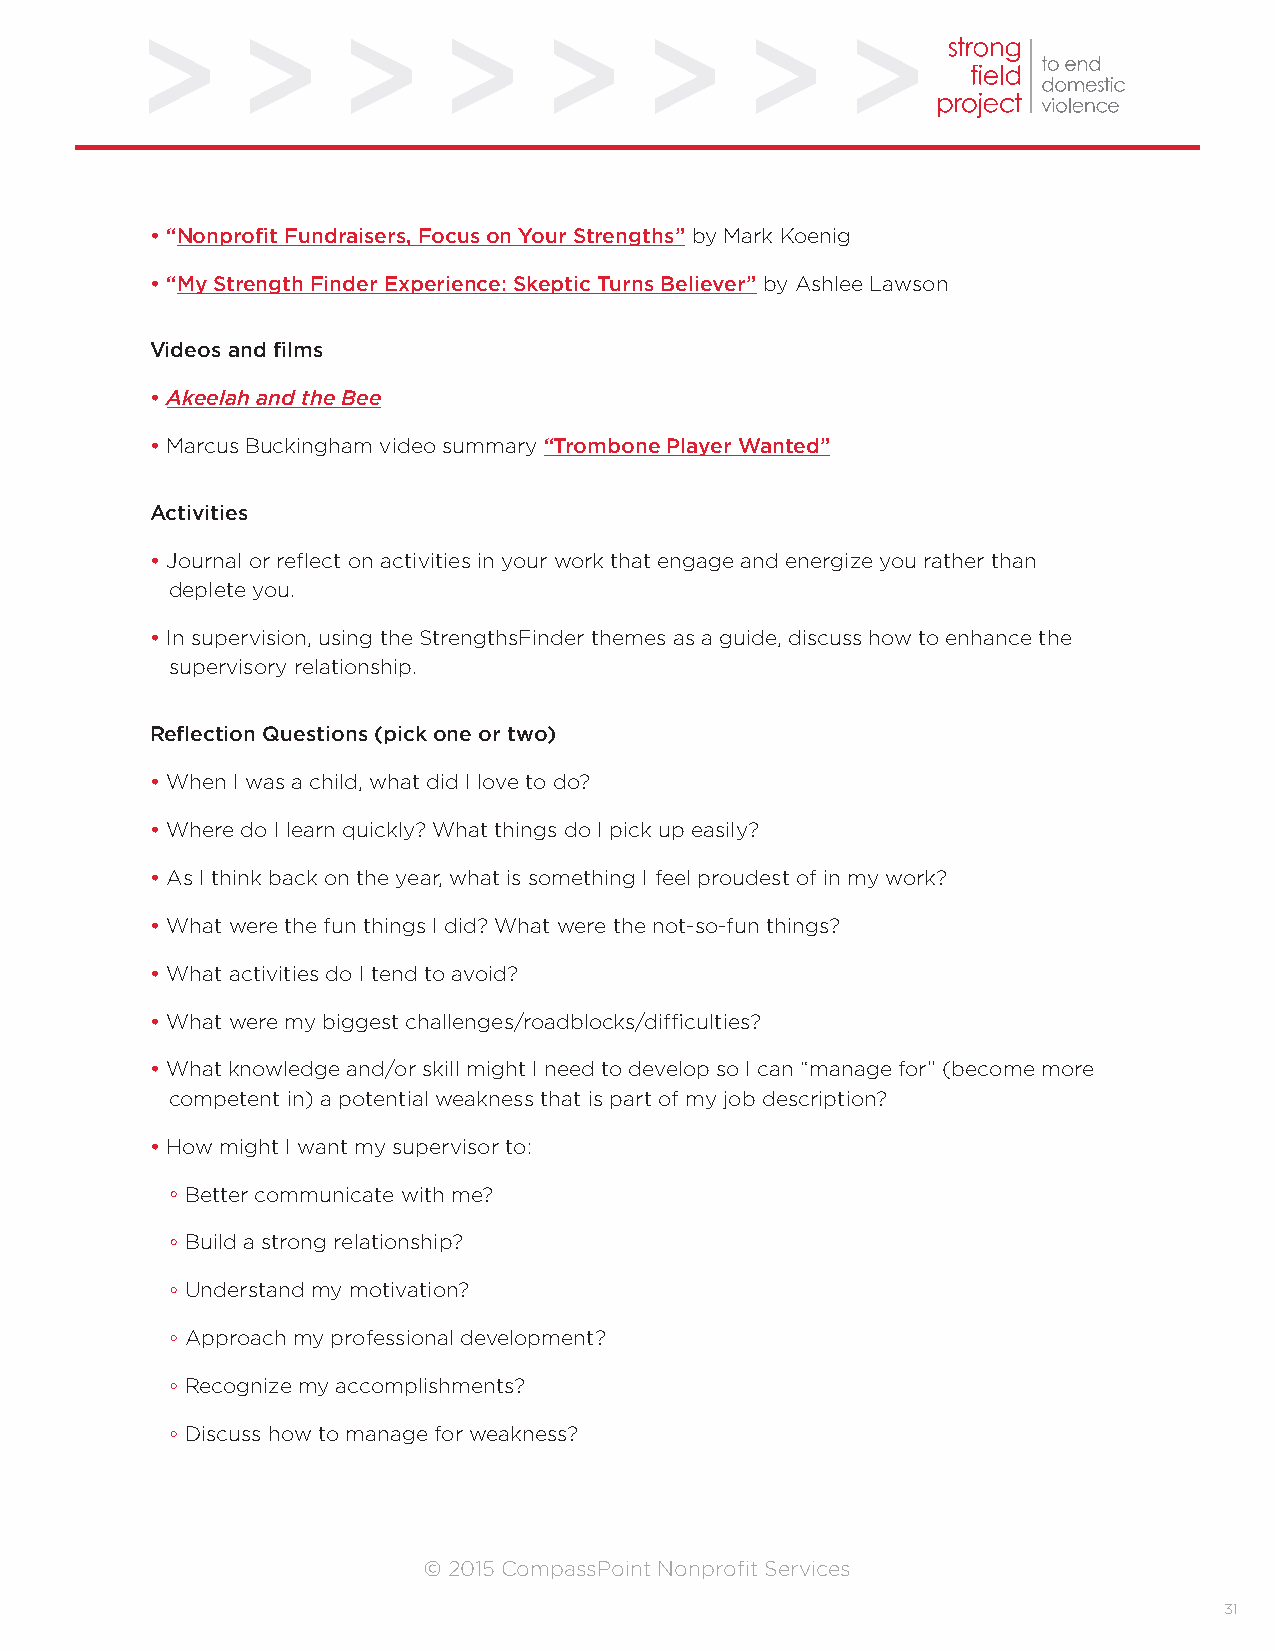
• “Nonprofit Fundraisers, Focus on Your Strengths” by Mark Koenig
 • “My Strength Finder Experience: Skeptic Turns Believer” by Ashlee Lawson
 Videos and films
 • Akeelah and the Bee
 • Marcus Buckingham video summary “Trombone Player Wanted”
 Activities
 • Journal or reflect on activities in your work that engage and energize you rather than
 deplete you.
 • In supervision, using the StrengthsFinder themes as a guide, discuss how to enhance the
 supervisory relationship.
 Reflection Questions (pick one or two)
 • When I was a child, what did I love to do?
 • Where do I learn quickly? What things do I pick up easily?
 • As I think back on the year, what is something I feel proudest of in my work?
 • What were the fun things I did? What were the not-so-fun things?
 • What activities do I tend to avoid?
 • What were my biggest challenges/roadblocks/difficulties?
 • What knowledge and/or skill might I need to develop so I can “manage for” (become more
 competent in) a potential weakness that is part of my job description?
 • How might I want my supervisor to:
 Better communicate with me?
 Build a strong relationship?
 Understand my motivation?
 Approach my professional development?
 Recognize my accomplishments?
 Discuss how to manage for weakness?
 © 2015 CompassPoint Nonprofit Services
 31